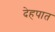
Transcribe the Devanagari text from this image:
देहपात